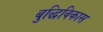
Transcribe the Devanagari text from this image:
बुद्धिविकास